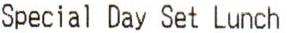
SPECIAL DAY SET LUNCH